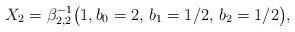
LaTeX: \begin{align*}X_2 = \beta_{2,2}^{-1}\bigl(1,b_0=2,\,b_1=1/2,\,b_2=1/2\bigr),\end{align*}